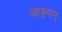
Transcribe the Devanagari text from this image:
आक्र्मण्